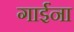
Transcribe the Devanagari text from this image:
गाईंना